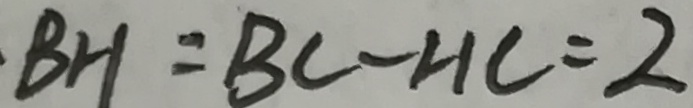
\cdot B H = B C - H C = 2